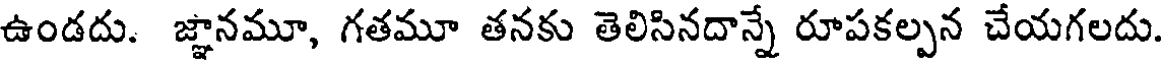
ఉండదు. జ్ఞానమూ, గతమూ తనకు తెలిసినదాన్నే రూపకల్పన చేయగలదు.